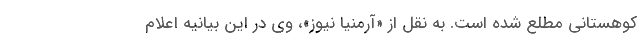
کوهستانی مطلع شده است. به نقل از «آرمنیا نیوز»، وی در این بیانیه اعلام